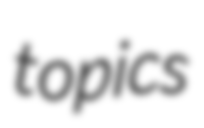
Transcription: topics